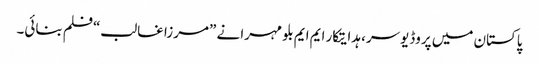
پاکستان میں پروڈیوسر، ہدایتکار ایم ایم بلو مہرا نے ”مرزا غالب“فلم بنائی۔